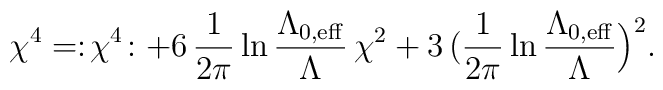
\chi ^{4} = :\!\chi^{4}\! : + 6\, {1\over 2\pi}\ln {\Lambda_{0,{\rm eff}}\over\Lambda}\, \chi^{2} + 3\, \bigl( {1\over 2\pi}\ln{\Lambda_{0,{\rm eff}}\over\Lambda} \Bigr)^{2}.